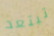
تبتعد